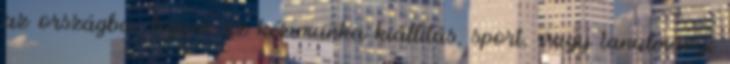
az országba: legyen az kézimunka kiállítás, sport, vagy tanulmányi